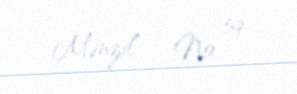
Mənzil - № 59